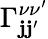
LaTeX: \Gamma_{\mathbf{j}\mathbf{j}^{\prime}}^{\nu\nu^{\prime}}